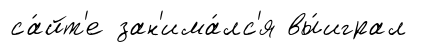
са́йт'е зан'има́лс'я вы́играл